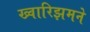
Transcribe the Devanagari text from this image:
ख्वारिझमने